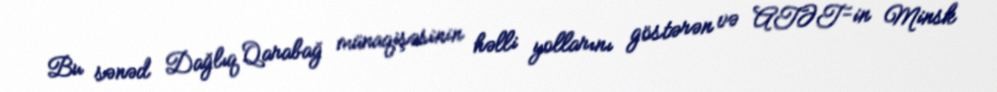
Bu sənəd Dağlıq Qarabağ münaqişəsinin həlli yollarını göstərən və ATƏT-in Minsk